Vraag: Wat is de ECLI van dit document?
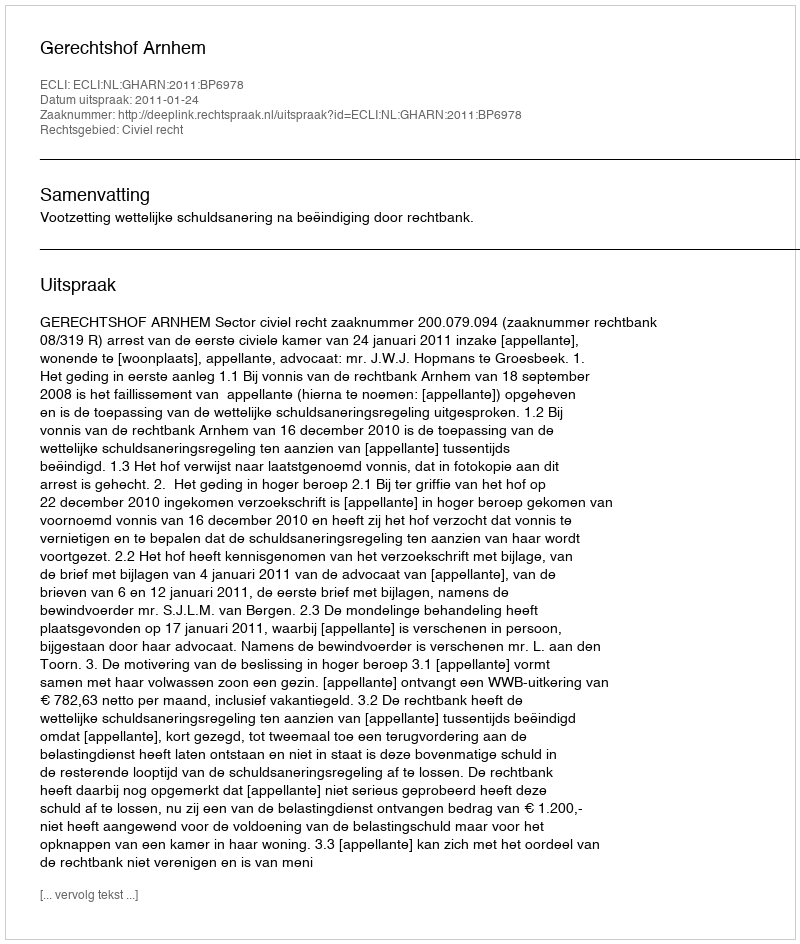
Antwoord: ECLI:NL:GHARN:2011:BP6978